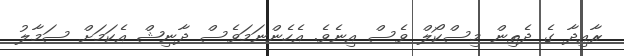
ރާއިދާ ގެ ދެތިން މިސްކޯލް ވެސް އިނެވެ. އެހެންނަމަވެސް ދާނިޝް އެކަމަށް ސަމާލު